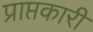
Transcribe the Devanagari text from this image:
प्राप्तकारी